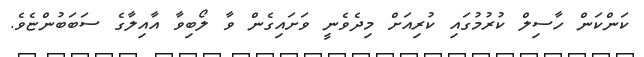
ކަންކަން ހާސިލް ކުރުމުގައި ކުރިއަށް މިދެވެނީ ވަށައިގެން ވާ ލޯބިވާ އާއިލާގެ ސަބަބުންޏެވެ.